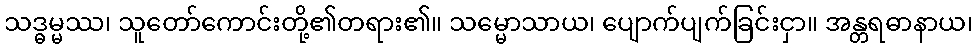
သဒ္ဓမ္မဿ၊ သူတော်ကောင်းတို့၏တရား၏။ သမ္မောသာယ၊ ပျောက်ပျက်ခြင်းငှာ။ အန္တရဓာနာယ၊